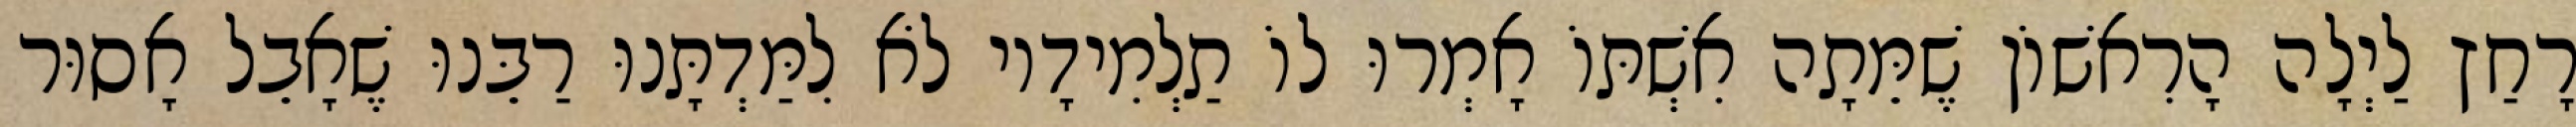
רָחַץ לַיְלָה הָרִאשׁוֹן שֶׁמֵּתָה אִשְׁתּוֹ אָמְרוּ לוֹ תַלְמִידָיו לֹא לִמַּדְתָּנוּ רַבֵּנוּ שֶׁאָבֵל אָסוּר